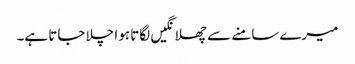
میرے سامنے سے چھلانگیں لگاتا ہوا چلا جاتا ہے۔